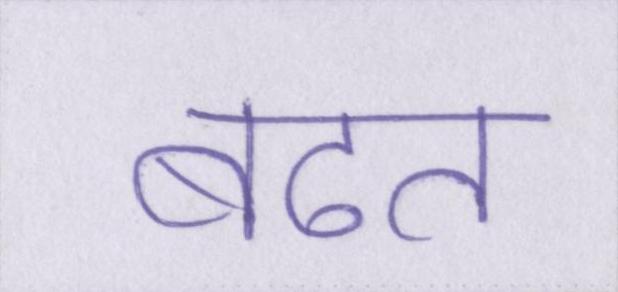
बढत